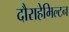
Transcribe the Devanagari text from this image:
दौराहेमिल्टन